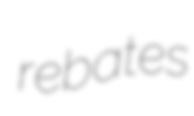
rebates